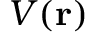
V ( \mathbf { r } )